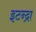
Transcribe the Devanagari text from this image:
इटन्द्रा